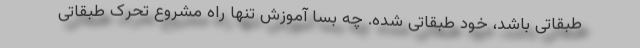
طبقاتی باشد، خود طبقاتی شده. چه بسا آموزش تنها راه مشروع تحرک طبقاتی